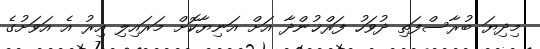
މިދިޔަ ބުރާސްފަތި ދުވަހު ފަރްޚުންދާ އަށް އަނިޔާކޮށް މަރައިލި އިރު އެ އަވަށުގެ